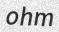
ohm